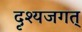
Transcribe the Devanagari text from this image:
दृश्यजगत्